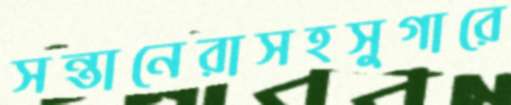
সন্তানেরাসহসুগারে